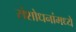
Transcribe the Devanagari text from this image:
संशोधनांमध्ये